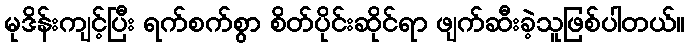
မုဒိန်းကျင့်ပြီး ရက်စက်စွာ စိတ်ပိုင်းဆိုင်ရာ ဖျက်ဆီးခဲ့သူဖြစ်ပါတယ်။